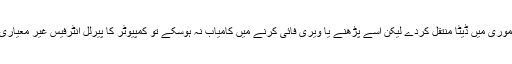
اگر زیر نظر پروگرامر مائیکروکنٹرولر کی میموری میں ڈیٹا منتقل کردے لیکن اسے پڑھنے یا ویری فائی کرنے میں کامیاب نہ ہوسکے تو کمپیوٹر کا پیرلل انٹرفیس غیر معیاری نوعیت کا ہوگا یعنی بائی ڈائریکشنل نہیں ہوگا۔